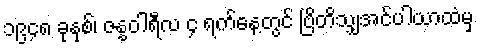
၁၉၄၈ ခုနှစ်၊ ဇန္နဝါရီလ ၄ ရက်နေ့တွင် ဗြိတိသျှအင်ပါယာထံမှ